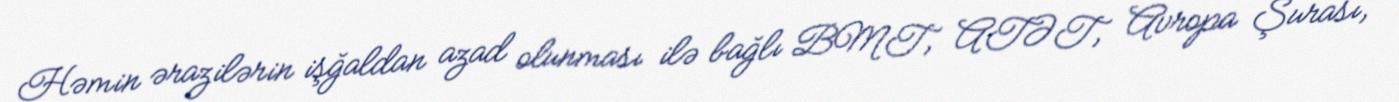
Həmin ərazilərin işğaldan azad olunması ilə bağlı BMT, ATƏT, Avropa Şurası,